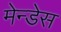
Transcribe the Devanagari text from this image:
मेन्डेस